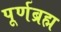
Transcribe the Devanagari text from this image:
पूर्णब्रह्म